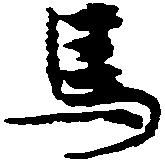
馬